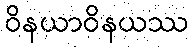
ဝိနယာဝိနယဿ